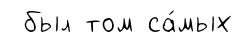
был том са́мых